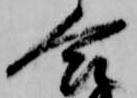
合